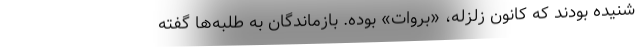
شنيده بودند كه كانون زلزله، «بروات» بوده. بازماندگان به طلبه‌ها گفته